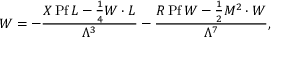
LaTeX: W = - { \frac { X { \, \mathrm { P f \, } } L - \frac 1 4 W \cdot L } { \Lambda ^ { 3 } } } - { \frac { R { \, \mathrm { P f \, } } W - \frac 1 2 M ^ { 2 } \cdot W } { \Lambda ^ { 7 } } } ,